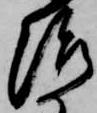
治